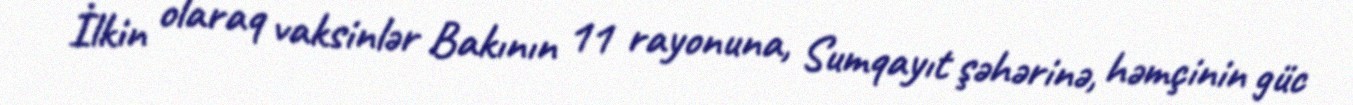
İlkin olaraq vaksinlər Bakının 11 rayonuna, Sumqayıt şəhərinə, həmçinin güc